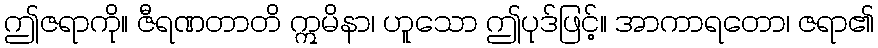
ဤဇရာကို။ ဇီရဏတာတိ ဣမိနာ၊ ဟူသော ဤပုဒ်ဖြင့်။ အာကာရတော၊ ဇရာ၏